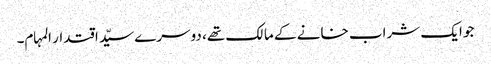
جو ایک شراب خانے کے مالک تھے، دوسرے سیّد اقتدار المہام۔